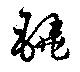
鐃